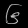
Digit: ၆